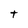
Character: t